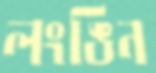
লংঙিন